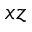
x z